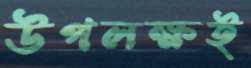
উপলক্ষই